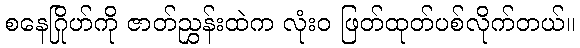
စနေဂြိုဟ်ကို ဇာတ်ညွှန်းထဲက လုံးဝ ဖြတ်ထုတ်ပစ်လိုက်တယ်။